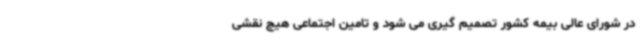
در شورای عالی بیمه کشور تصمیم گیری می شود و تامین اجتماعی هیچ نقشی